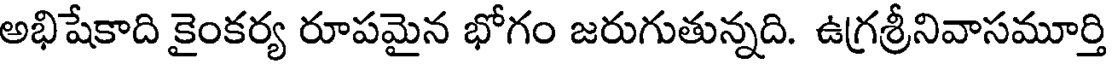
అభిషేకాది కైంకర్య రూపమైన భోగం జరుగుతున్నది. ఉగ్రశ్రీనివాసమూర్తి